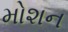
મોશન